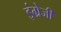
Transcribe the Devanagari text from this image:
इंग्रेजी